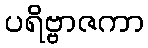
ပရိဗ္ဗာဇကာ